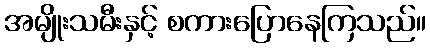
အမျိုးသမီးနှင့် စကားပြောနေကြသည်။